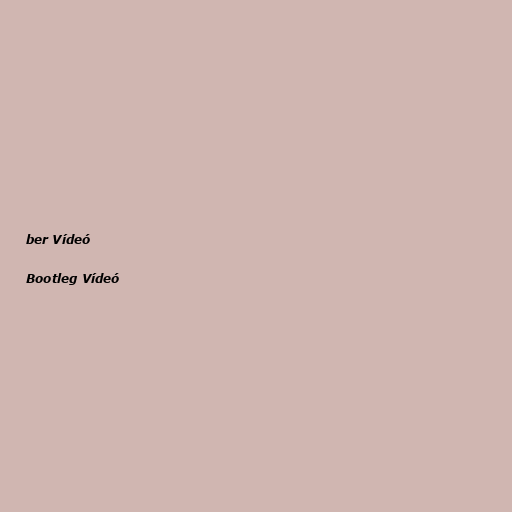
ber Vídeó

Bootleg Vídeó